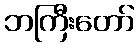
ဘကြီးတော်